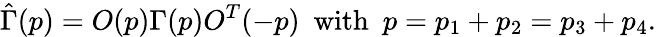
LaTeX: {\hat{\Gamma}}(p)=O(p)\Gamma(p)O^{T}(-p)\ \ \mathrm{with}\ \ p=p_{1}+p_{2}=p_{3}+p_{4}.